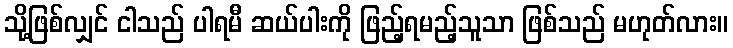
သို့ဖြစ်လျှင် ငါသည် ပါရမီ ဆယ်ပါးကို ဖြည့်ရမည့်သူသာ ဖြစ်သည် မဟုတ်လား။